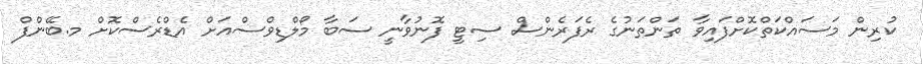
ކުރިން މަސައްކަތްކޮށްފައިވާ ތަންތަނުގެ ރެފަރެންސް ސިޓީ ފޮނުވާނީ ސަބާ މޯލްޑިވްސްއަށް އެޑްރެސްކޮށް މ.ބޭންފް